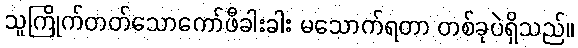
သူကြိုက်တတ်သောကော်ဖီခါးခါး မသောက်ရတာ တစ်ခုပဲရှိသည်။